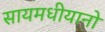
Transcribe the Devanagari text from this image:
सायमधीयानो